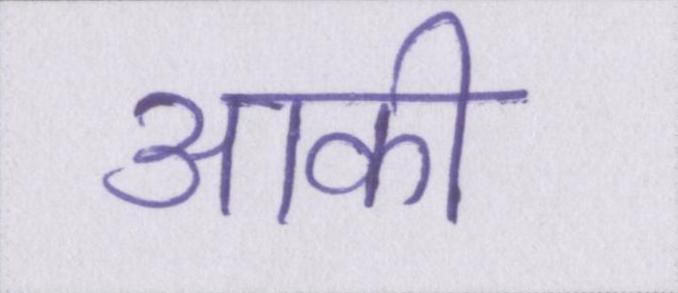
आकी